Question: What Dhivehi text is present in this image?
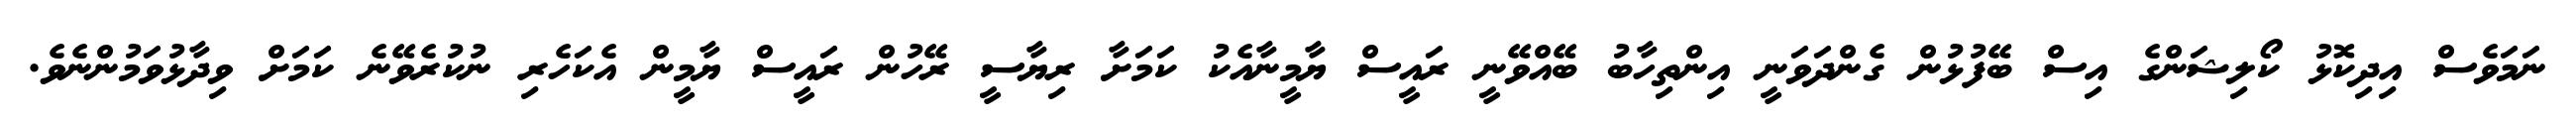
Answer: ނަމަވެސް އިދިކޮޅު ކޯލިޝަންގެ އިސް ބޭފުޅުން ގެންދަވަނީ އިންތިހާބު ބޭއްވޭނީ ރައީސް ޔާމީނާއެކު ކަމަށާ ރިޔާސީ ރޭހުން ރައީސް ޔާމީން އެކަހެރި ނުކުރެވޭނެ ކަމަށް ވިދާޅުވަމުންނެވެ.